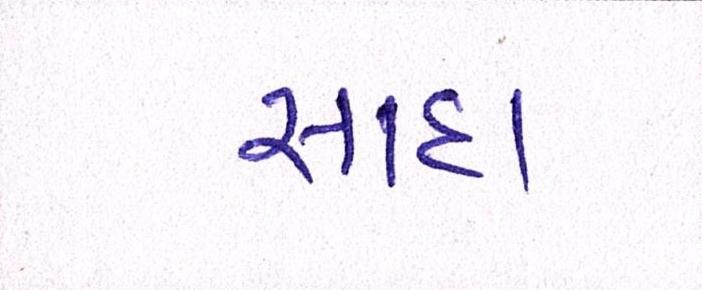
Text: સાદા